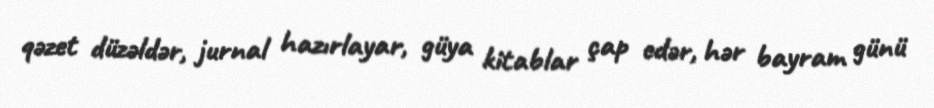
qəzet düzəldər, jurnal hazırlayar, güya kitablar çap edər, hər bayram günü